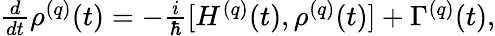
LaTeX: \begin{array}{r}{\frac{d}{dt}\rho^{(q)}(t)=-\frac{i}{\hbar}[H^{(q)}(t),\rho^{(q)}(t)]+\Gamma^{(q)}(t),}\end{array}